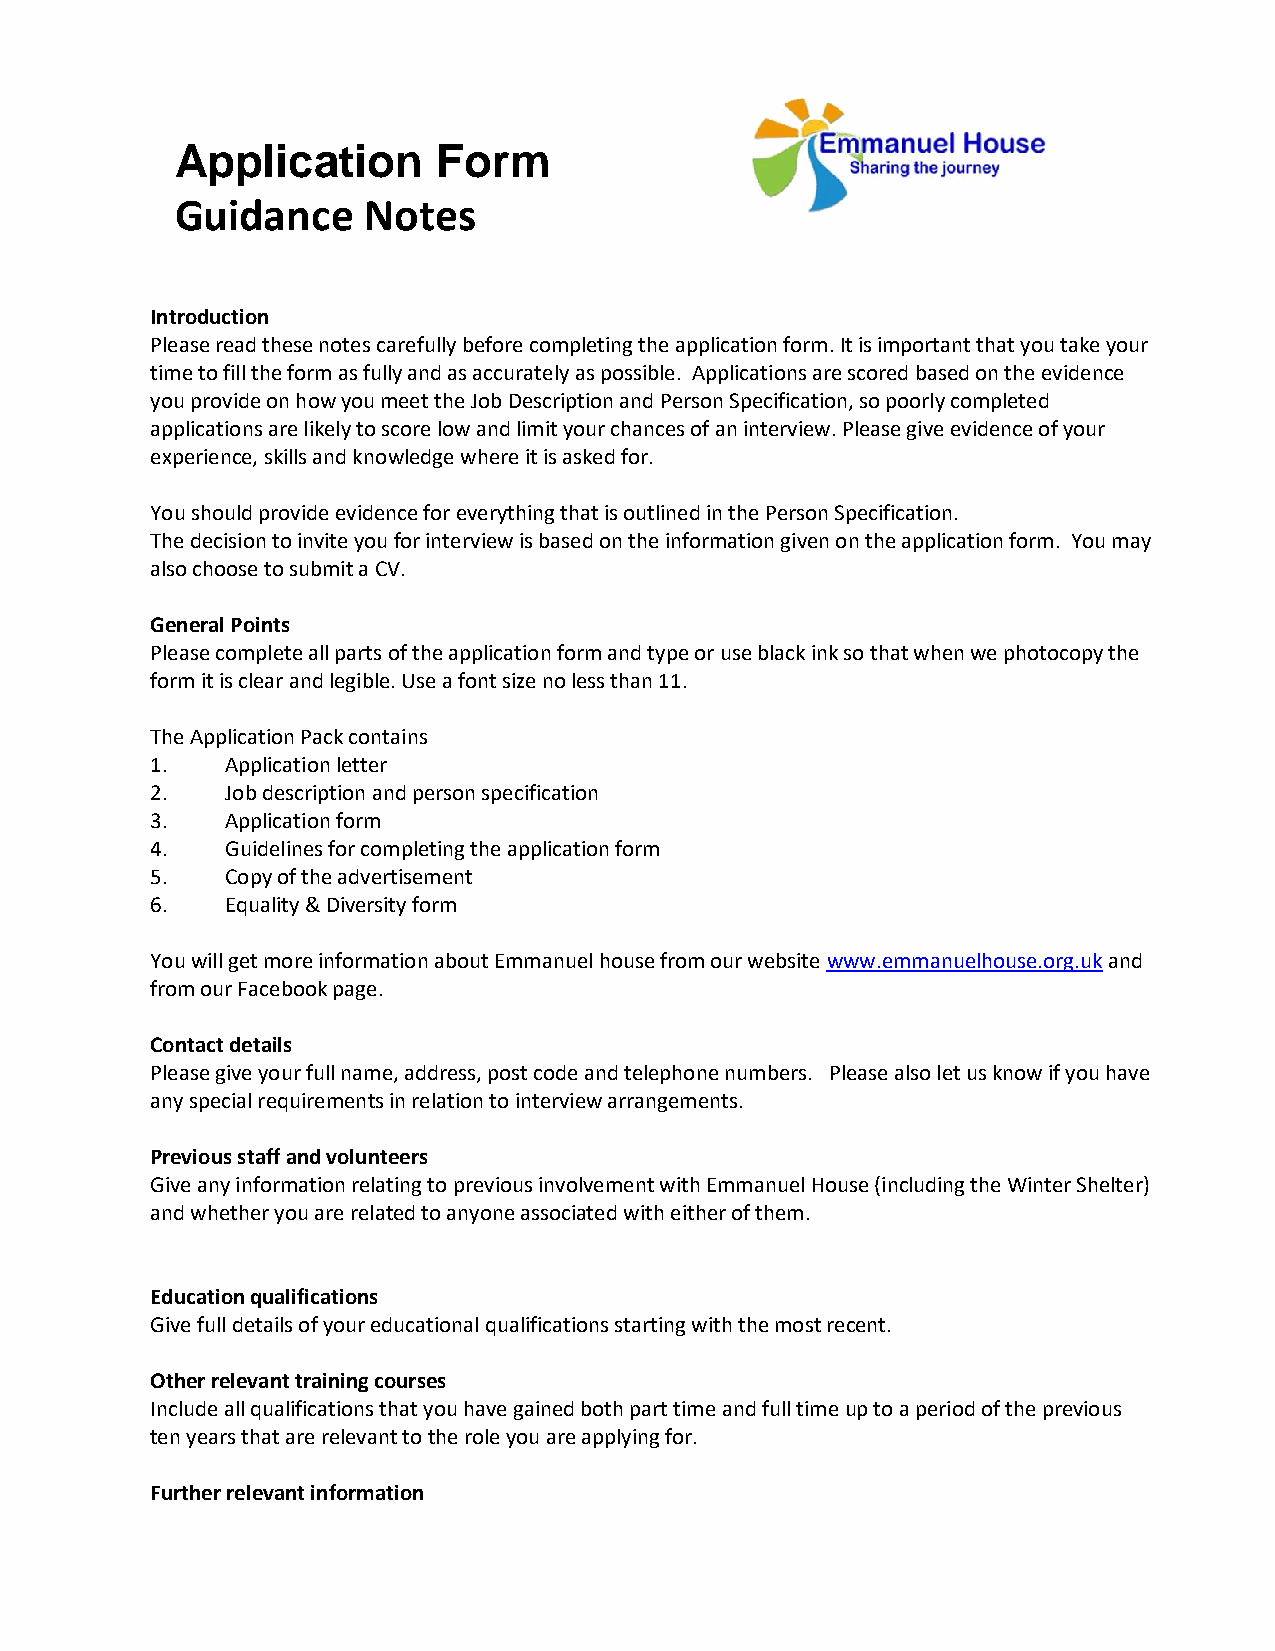
Application      Form
 Guidance    Notes
 Introduction
 Please read these notes carefully before completing the application form. It is important that you take your
 time to fill the form as fully and as accurately as possible. Applications are scored based on the evidence
 you provide on how you meet the Job Description and Person Specification, so poorly completed
 applications are likely to score low and limit your chances of an interview. Please give evidence of your
 experience, skills and knowledge where it is asked for.
 You should provide evidence for everything that is outlined in the Person Specification.
 The decision to invite you for interview is based on the information given on the application form. You may
 also choose to submit a CV.
 General Points
 Please complete all parts of the application form and type or use black ink so that when we photocopy the
 form it is clear and legible. Use a font size no less than 11.
 The Application Pack contains
 1.   Application letter
 2.   Job description and person specification
 3.   Application form
 4.   Guidelines for completing the application form
 5.   Copy of the advertisement
 6.   Equality & Diversity form
 You will get more information about Emmanuel house from our website www.emmanuelhouse.org.uk and
 from our Facebook page.
 Contact details
 Please give your full name, address, post code and telephone numbers. Please also let us know if you have
 any special requirements in relation to interview arrangements.
 Previous staff and volunteers
 Give any information relating to previous involvement with Emmanuel House (including the Winter Shelter)
 and whether you are related to anyone associated with either of them.
 Education qualifications
 Give full details of your educational qualifications starting with the most recent.
 Other relevant training courses
 Include all qualifications that you have gained both part time and full time up to a period of the previous
 ten years that are relevant to the role you are applying for.
 Further relevant information